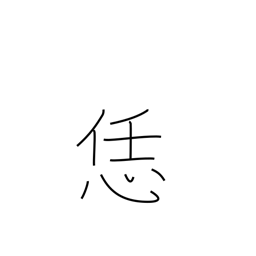
Meaning: like this